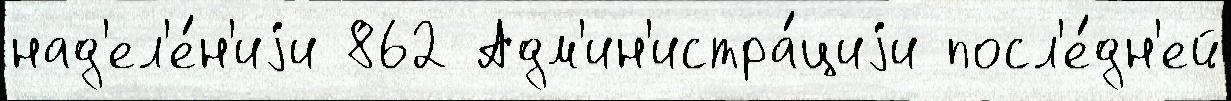
над'ел'е́н'иjи 862 Адм'ин'истра́циjи посл'е́дн'ей